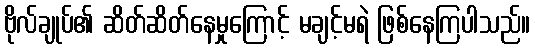
ဗိုလ်ချုပ်၏ ဆိတ်ဆိတ်နေမှုကြောင့် မချင့်မရဲ ဖြစ်နေကြပါသည်။